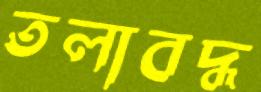
তলাবদ্ধ